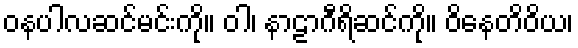
ဝနပါလဆင်မင်းကို။ ဝါ၊ နာဠာဂီရိဆင်ကို။ ဝိနေတိဝိယ၊